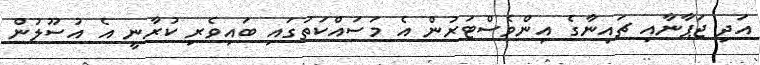
އަދި ޖަޕާނާއި ޗައިނާގެ އިންވެސްޓަރުން އެ މަސައްކަތުގައި ބައިވެރި ކުރާނީ އެ އުސޫލުން